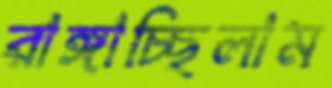
রাঙ্গাচ্ছিলাম